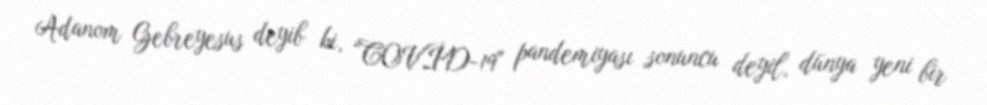
Adanom Gebreyesus deyib ki, “COVİD-19" pandemiyası sonuncu deyil, dünya yeni bir